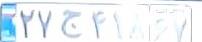
۲۷ج۴۱۸۶۷